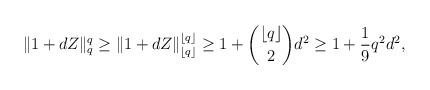
LaTeX: \begin{align*} \|1+dZ\|_{q}^{q} \ge \|1+dZ\|_{\lfloor q \rfloor}^{\lfloor q \rfloor} \geq 1 + \binom{\lfloor q \rfloor}{2} d^2 \ge 1 + \frac{1}{9} q^2 d^2, \end{align*}